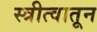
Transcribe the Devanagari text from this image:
स्त्रीत्वातून